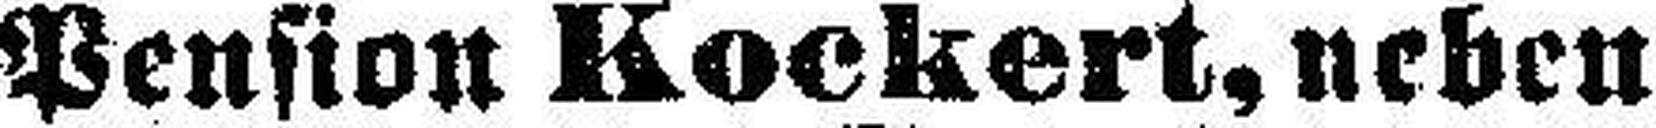
Pension Kockert, neben